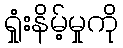
ရှုံးနိမ့်မှုကို